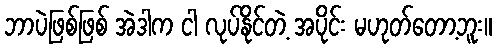
ဘာပဲဖြစ်ဖြစ် အဲဒါက ငါ လုပ်နိုင်တဲ့ အပိုင်း မဟုတ်တော့ဘူး။